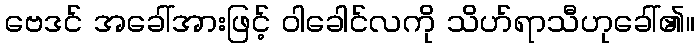
ဗေဒင် အခေါ်အားဖြင့် ဝါခေါင်လကို သိဟ်ရာသီဟုခေါ်၏။